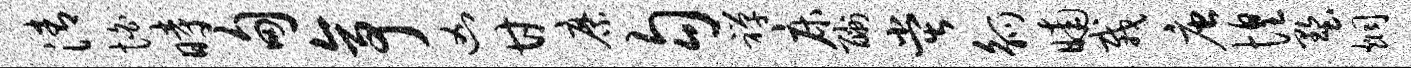
清怕时甸亭凶甘縻勾禅床酬堂觚晡栽唐惶墅炯